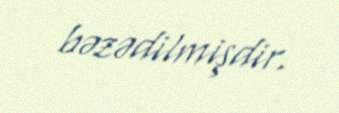
bəzədilmişdir.